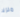
منزلا